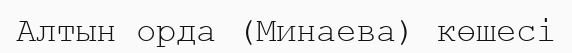
Алтын орда (Минаева) көшесі